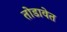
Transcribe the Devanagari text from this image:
तोडावेत